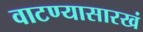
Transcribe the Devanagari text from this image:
वाटण्यासारखं